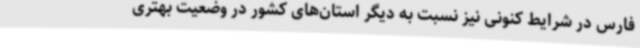
فارس در شرایط کنونی نیز نسبت به دیگر استان‌های کشور در وضعیت بهتری